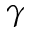
\gamma